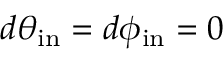
d \theta _ { \mathrm { i n } } = d \phi _ { \mathrm { i n } } = 0